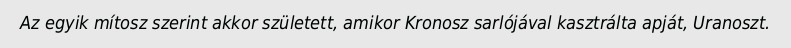
Az egyik mítosz szerint akkor született, amikor Kronosz sarlójával kasztrálta apját, Uranoszt.